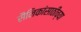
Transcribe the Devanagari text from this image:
सैनिकांसाठीच्या